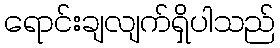
ရောင်းချလျက်ရှိပါသည်